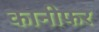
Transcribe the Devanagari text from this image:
कानीफर